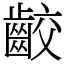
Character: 齩